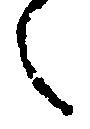
之